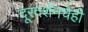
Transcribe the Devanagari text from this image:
दूरदर्शनचेही